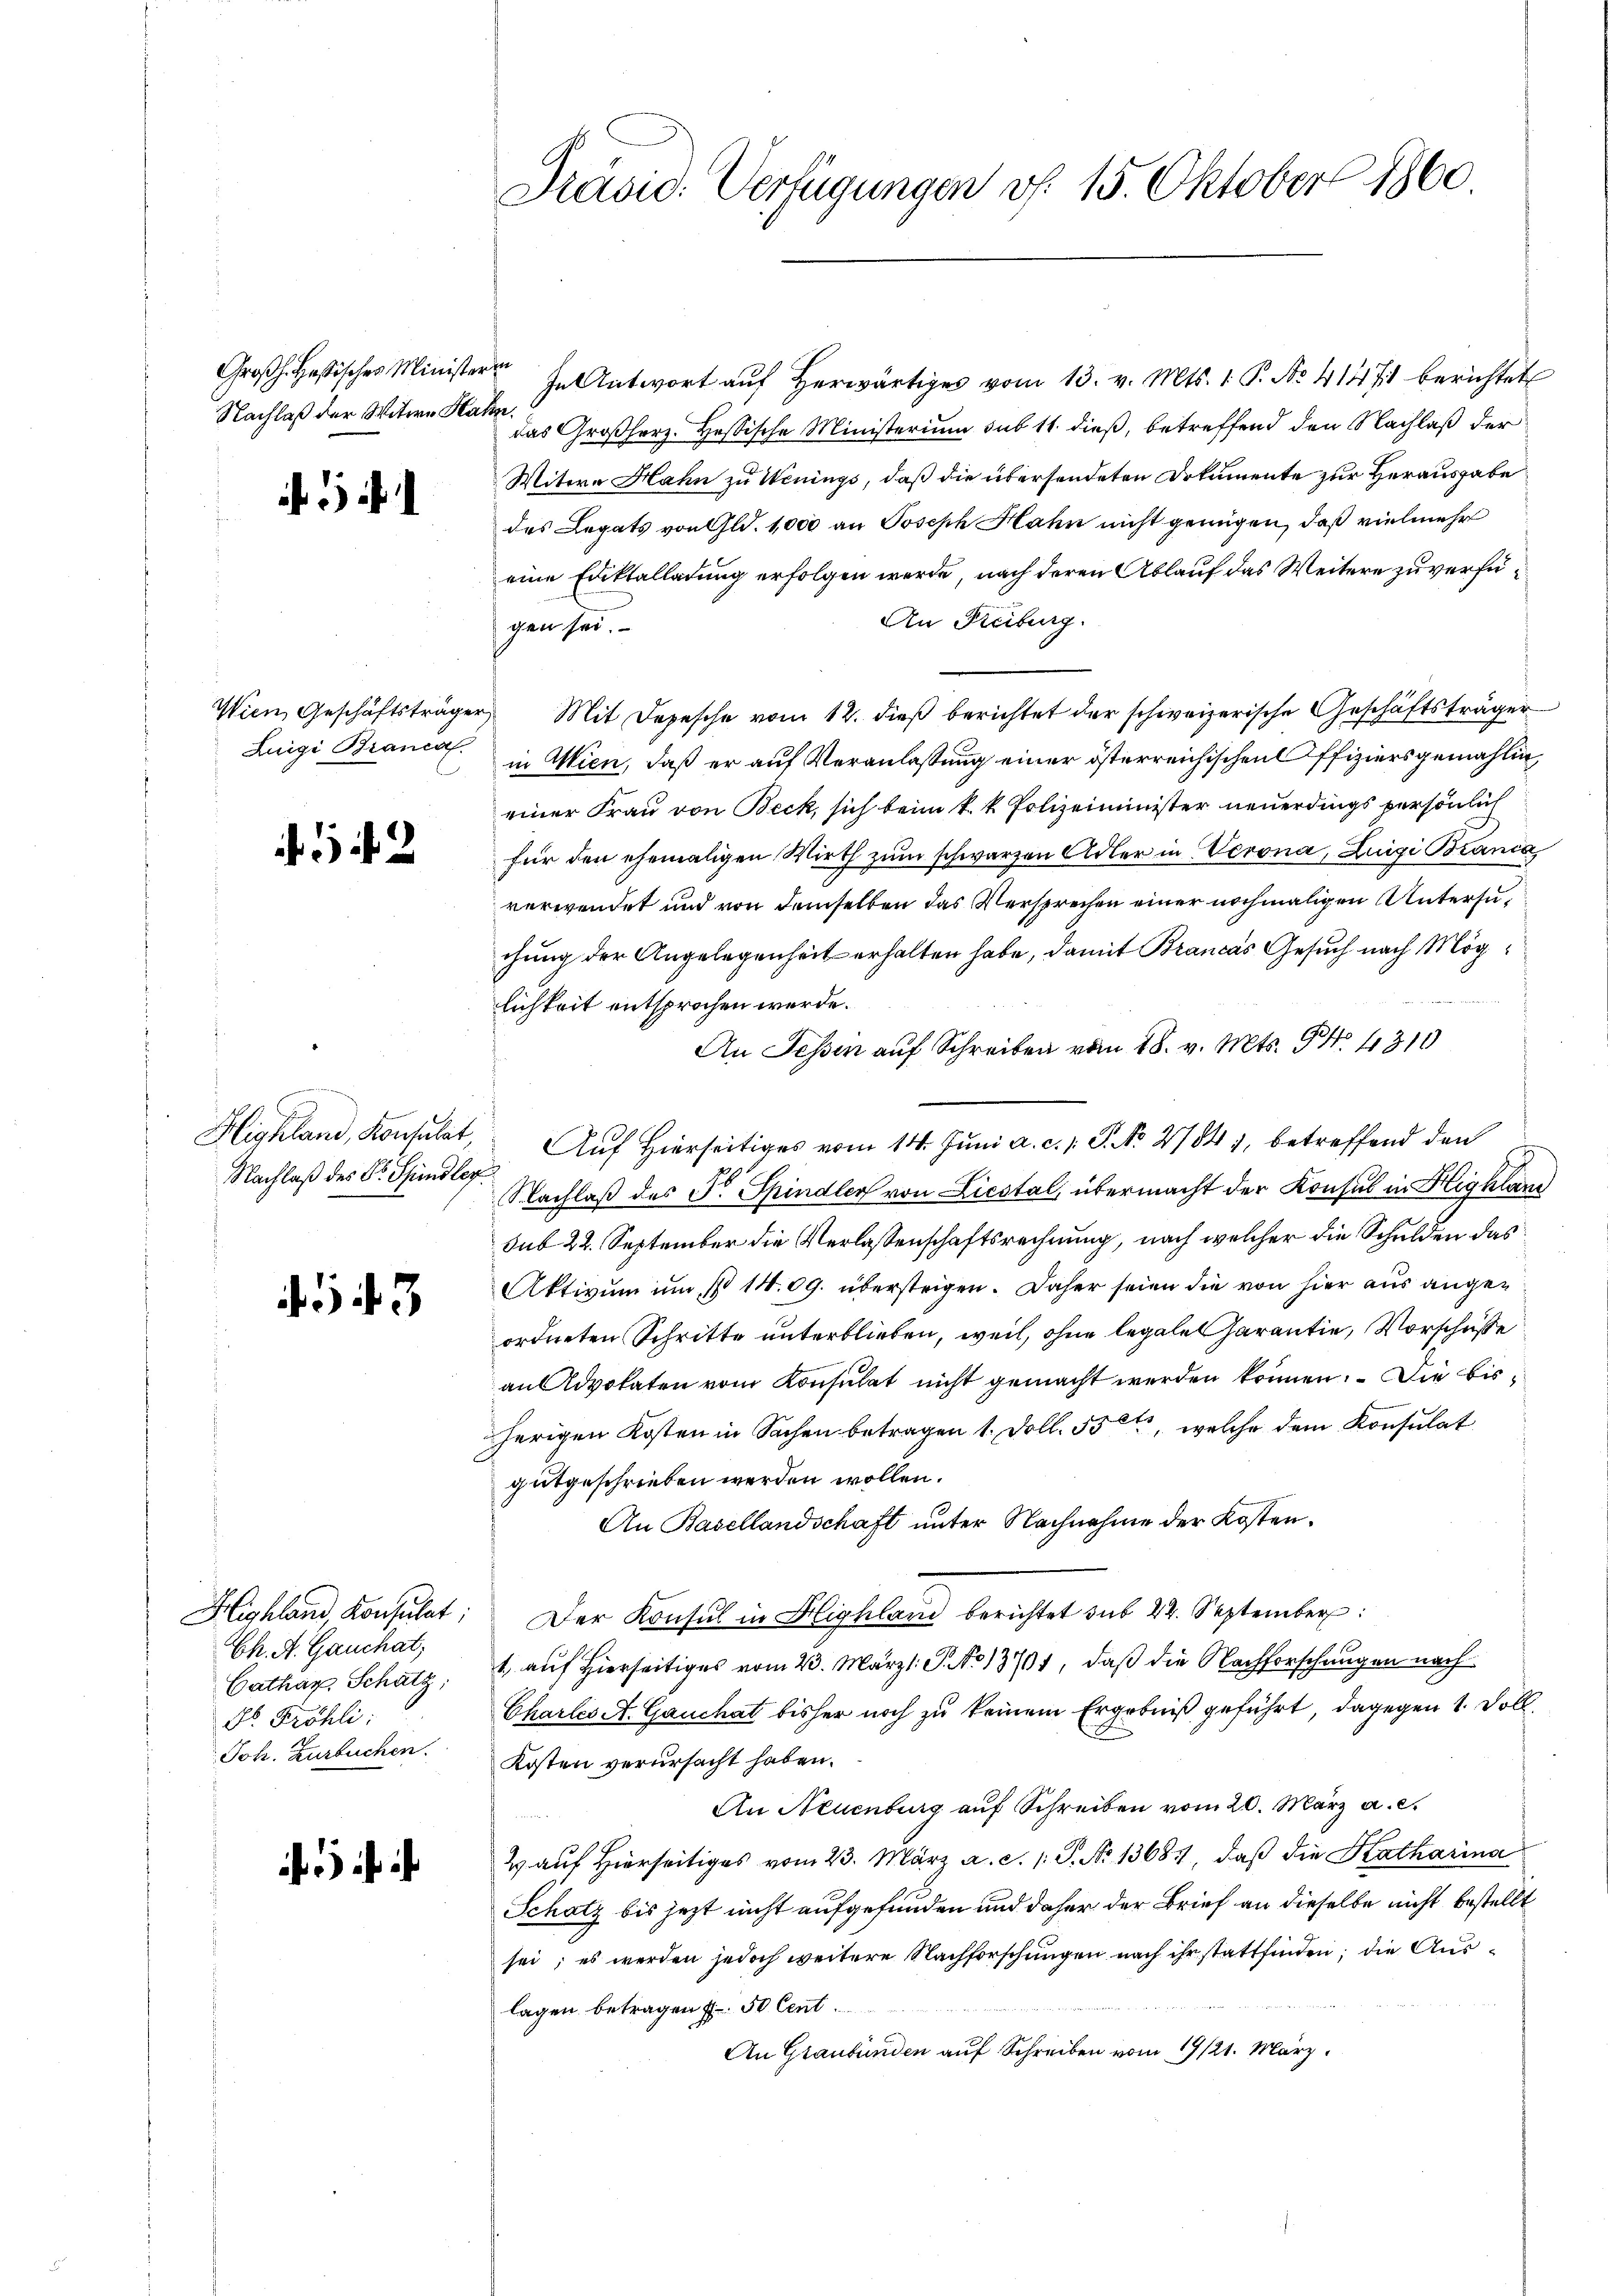
Nachlaß der Witwe Kahn.

2

Nachlaß des Dr. Spindler

53

Ch. A. Gauchat;
Cathar. Schatz;
Dr. Fröhli:
Joh. Zurbuchen.

Präsid. Verfügungen v. 15. Oktober 1860

Groβh. Hesisches Minister in Antwort aŭf herwärtiges vom 13. v. Mts. 1. P. No. 41471 berichtet
das Großherz. Heßische Ministerium sub 11. dieß, betreffend den Nachlaß der
Witere Hahn zu Wenings, daß die übersendeten Dokumente zur Herausgabe
des Legats von Gld. 1,000 an Joseph Hahn nicht genügen, daß vielmehr
eine Ediktalladung erfolgen werde, nach deren Ablauf das Weitere zu verfü¬
An Freiburg.
gen sei.
Wien Geschäftsträger Mit Depesche vom 12. dieβ berichtet der schweizerische Geschäftsträger
Luigi Brance in Wien, daß er auf Veranlassung einer österreichischen Offiziers gemahlin,
einer Frau von Beck, sich beim k. k. Polizeiminister neuerdings persönlich
für den ehemaligen Wirth zum schwarzen Adler in Verona, Luigi Brania
verwendet und von demselben das Versprechen einer nochmaligen Untersuchung der Angelegenheit erhalten habe, damit Brancas Gesuch nach Möglichkeit entsprochen werde.
An Tessin auf Schreiben vom 18. v. Mts. No. 4310
Highland, Konsulat, Auf Hierseitiges vom 14. Juni a. c. v. P. No. 27843, betreffend den
Nachlaß des Fr. Spindler von Liestal, übermacht der Konsul in Highlane
sub 22. September die Verlassenschaftsrechnung, nach welcher die Schulden das
Aktivum um No 1409. übersteigen. Daher seien die von hier aus angeordneten Schritte unterblieben, weil, ohne legale Garantie, Vorschüsse
an Advokaten vom Konsulat nicht gemacht werden können. Die bisherigen Kosten in Sachen betragen 1. Doll. 55, welche dem Konsulat
gutgeschrieben werden wollen.
An Basellandschaft unter Nachnahme der Kosten.
Highland, Konsulat: Der Konsul in Blighland berichtet sub 22. September
1 auf Hierseitiges vom 23. Märzl. P. No 1371, daß die Nachforschungen nach
Charles A. Gauchat bisher noch zu keinem Ergebniß geführt, dagegen 1. Soll-
Kosten verursacht haben.
An Neuenburg auf Schreiben vom 20. März a. c.
2 auf Hierseitiges vom 23. März a. c. 1. P. No 13681, daß die Katharina
Schatz bis jetzt nicht aufgefunden und daher der Brief an dieselbe nicht bestellt
sei; es werden jedoch weitere Nachforschungen nach ihr stattfinden; die Auslagen betragen f. 50 Cent
An Graubünden auf Schreiben vom 19/21. März.